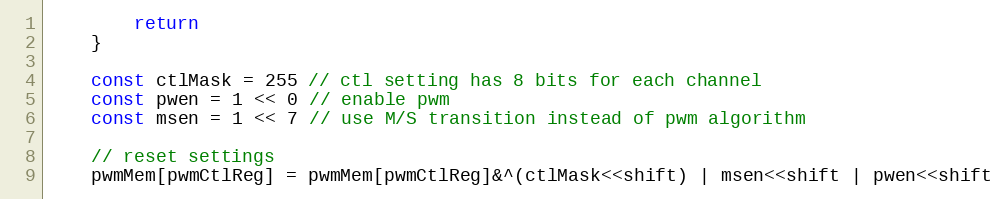
Language: Go
		return
	}

	const ctlMask = 255 // ctl setting has 8 bits for each channel
	const pwen = 1 << 0 // enable pwm
	const msen = 1 << 7 // use M/S transition instead of pwm algorithm

	// reset settings
	pwmMem[pwmCtlReg] = pwmMem[pwmCtlReg]&^(ctlMask<<shift) | msen<<shift | pwen<<shift